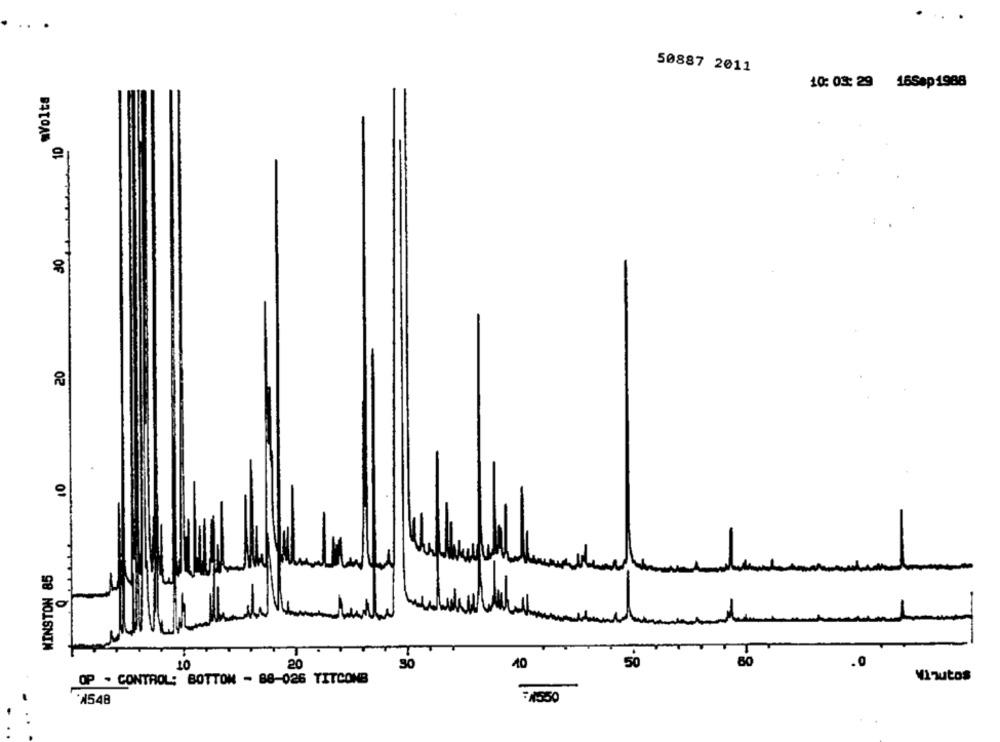
.. .
50887 2011
10: 03: 29 16Sep1988
OF
20
01
WINSTON 85
80
10
20
30
40
50
.0
OP . CONTROL; BOTTOM - 88-026 TITCONB
VInutos
:1550
*1548